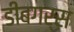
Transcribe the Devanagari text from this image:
डीबगर्स